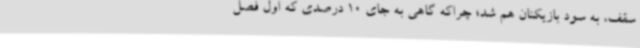
سقف، به سود بازیکنان هم شد؛ چراکه گاهی به جای 10 درصدی که اول فصل